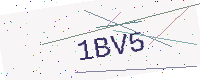
Text: 1BV5